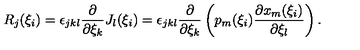
R _ { j } ( \xi _ { i } ) = \epsilon _ { j k l } \frac { \partial } { \partial \xi _ { k } } J _ { l } ( \xi _ { i } ) = \epsilon _ { j k l } \frac { \partial } { \partial \xi _ { k } } \left( p _ { m } ( \xi _ { i } ) \frac { \partial x _ { m } ( \xi _ { i } ) } { \partial \xi _ { l } } \right) .